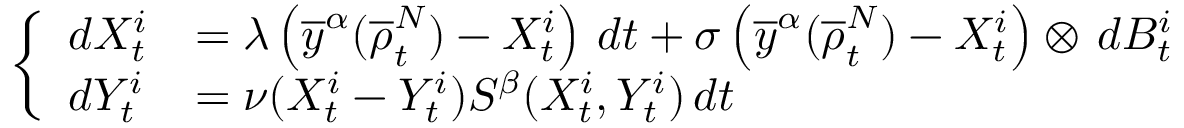
\left\{ \begin{array} { l l } { d X _ { t } ^ { i } } & { = \lambda \left( \overline { y } ^ { \alpha } ( \overline { \rho } _ { t } ^ { N } ) - X _ { t } ^ { i } \right) \, d t + \sigma \left( \overline { y } ^ { \alpha } ( \overline { \rho } _ { t } ^ { N } ) - X _ { t } ^ { i } \right) \otimes \, d B _ { t } ^ { i } } \\ { d Y _ { t } ^ { i } } & { = \nu ( X _ { t } ^ { i } - Y _ { t } ^ { i } ) S ^ { \beta } ( X _ { t } ^ { i } , Y _ { t } ^ { i } ) \, d t } \end{array} \right.